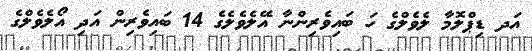
އަދ ޑިޕްލޮމާ ލެވެލްގެ ހަ ބައިވެރިންނާ އޭލެވެލެގެ 14 ބައިވެރިން އަދި އޯލެވެލްގެ